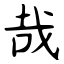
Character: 哉